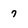
Character: 7